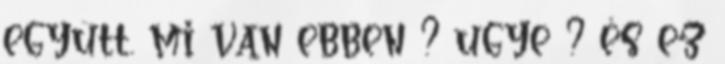
együtt. mi van ebben ? ugye ? és ez